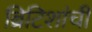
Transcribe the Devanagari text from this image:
ब्रिटिशांची